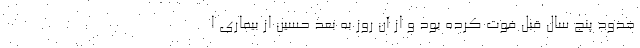
حدود پنج سال قبل فوت کرده بود و از آن روز به بعد حسین از بیماری ا